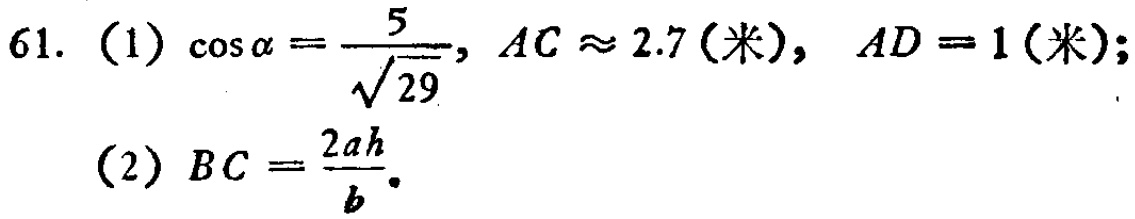
61. (1) $\cos\alpha = \frac{5}{\sqrt{29}}, AC\approx 2.7(\text{米}), AD = 1(\text{米})$;

(2) $BC=\frac{2ah}{b}$.